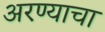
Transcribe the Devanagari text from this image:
अरण्याचा